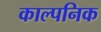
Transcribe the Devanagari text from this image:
काल्‍पनिक